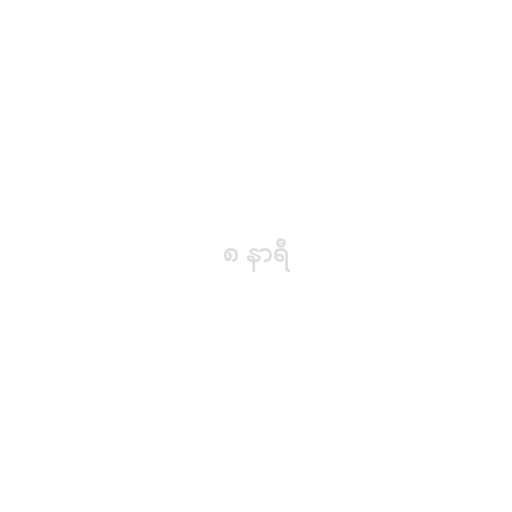
၈ နာရီ